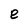
Character: e